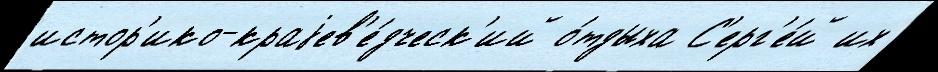
истор'ико-краjев'е́дческ'ий о́тдыха С'ерг'е́й их